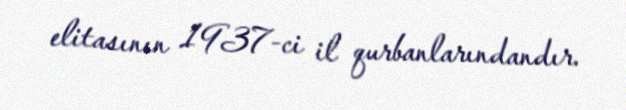
elitasının 1937-ci il qurbanlarındandır.